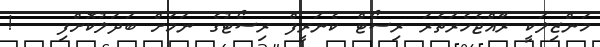
މަންޒިލަކީ ރާއްޖެހެރަތެރަ ރިސޯޓް ކެނަރީފް ރިސޯޓުގެ ނަމަށް ބަދަލުކޮށްފި   !